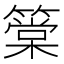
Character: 䉎